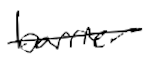
Text: barrier
Cross-out: single-line
Writing tool: digital_black